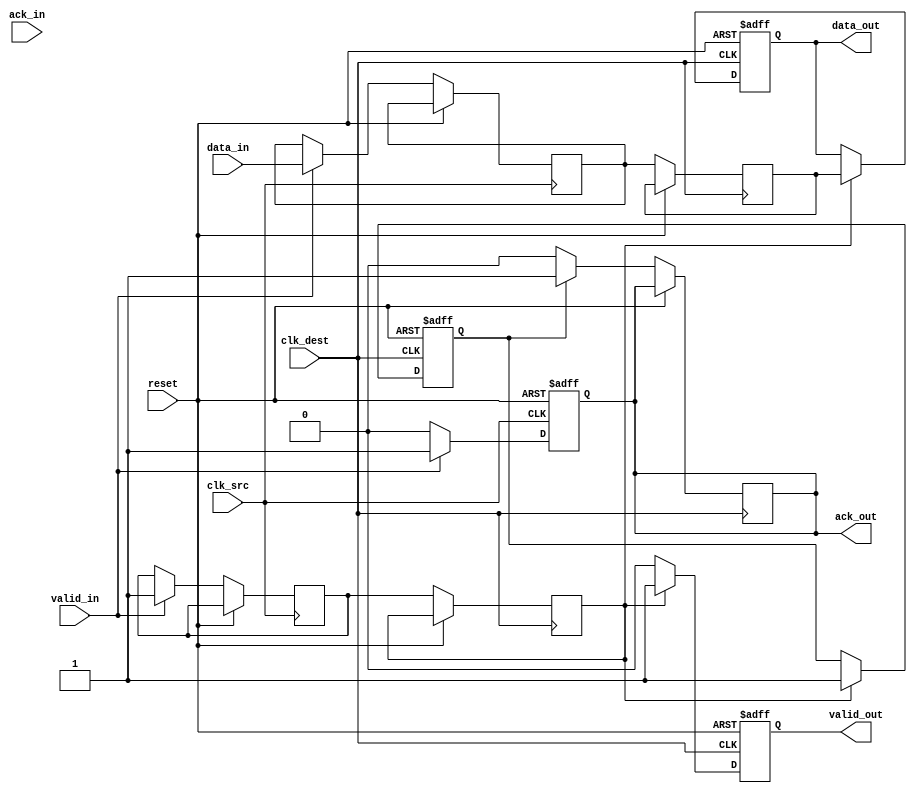
module handshake_synchronizer (
    input wire clk_src,        // Clock signal for the source domain
    input wire clk_dest,       // Clock signal for the destination domain
    input wire reset,          // Reset signal
    input wire [7:0] data_in,  // Data input from the source domain
    input wire valid_in,       // Valid signal for data input
    output reg [7:0] data_out, // Synchronized data output for the destination domain
    output reg valid_out,      // Valid signal for data output
    input wire ack_in,         // Acknowledgment signal from the destination domain
    output reg ack_out         // Acknowledgment signal from the source domain
);

    // Internal signals for synchronization
    reg [7:0] data_sync1, data_sync2;
    reg valid_sync1, valid_sync2;
    
    // Handshake state
    reg ack_src, ack_dest;

    // Source domain logic
    always @(posedge clk_src or posedge reset) begin
        if (reset) begin
            ack_out <= 1'b0;
            ack_src <= 1'b0;
        end else begin
            if (valid_in) begin
                data_sync1 <= data_in;  // Capture data
                valid_sync1 <= 1'b1;     // Assert valid
                ack_out <= 1'b1;         // Assert ack_out
            end else begin
                ack_out <= 1'b0;         // Deassert ack_out if valid_in is low
            end
            
            // Wait for acknowledgment from destination
            if (ack_in) begin
                ack_src <= 1'b1;         // Acknowledge data sent
            end else begin
                ack_src <= 1'b0;
            end
        end
    end

    // Destination domain logic
    always @(posedge clk_dest or posedge reset) begin
        if (reset) begin
            data_out <= 8'b0;
            valid_out <= 1'b0;
            ack_dest <= 1'b0;
        end else begin
            // Synchronize data and valid signals
            data_sync2 <= data_sync1;  // First stage of synchronization
            valid_sync2 <= valid_sync1; // First stage of synchronization
            
            // Second stage of synchronization
            if (valid_sync2) begin
                data_out <= data_sync2;   // Transfer synchronized data
                valid_out <= 1'b1;         // Assert valid_out
                ack_dest <= 1'b1;          // Assert ack for received data
            end else begin
                valid_out <= 1'b0;         // Deassert valid_out if not valid
            end
            
            // Acknowledge receipt of data
            if (ack_dest) begin
                ack_out <= 1'b1;           // Assert ack_out to source
            end else begin
                ack_out <= 1'b0;
            end
        end
    end

endmodule